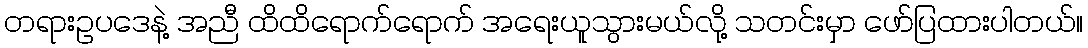
တရားဥပဒေနဲ့ အညီ ထိထိရောက်ရောက် အရေးယူသွားမယ်လို့ သတင်းမှာ ဖော်ပြထားပါတယ်။